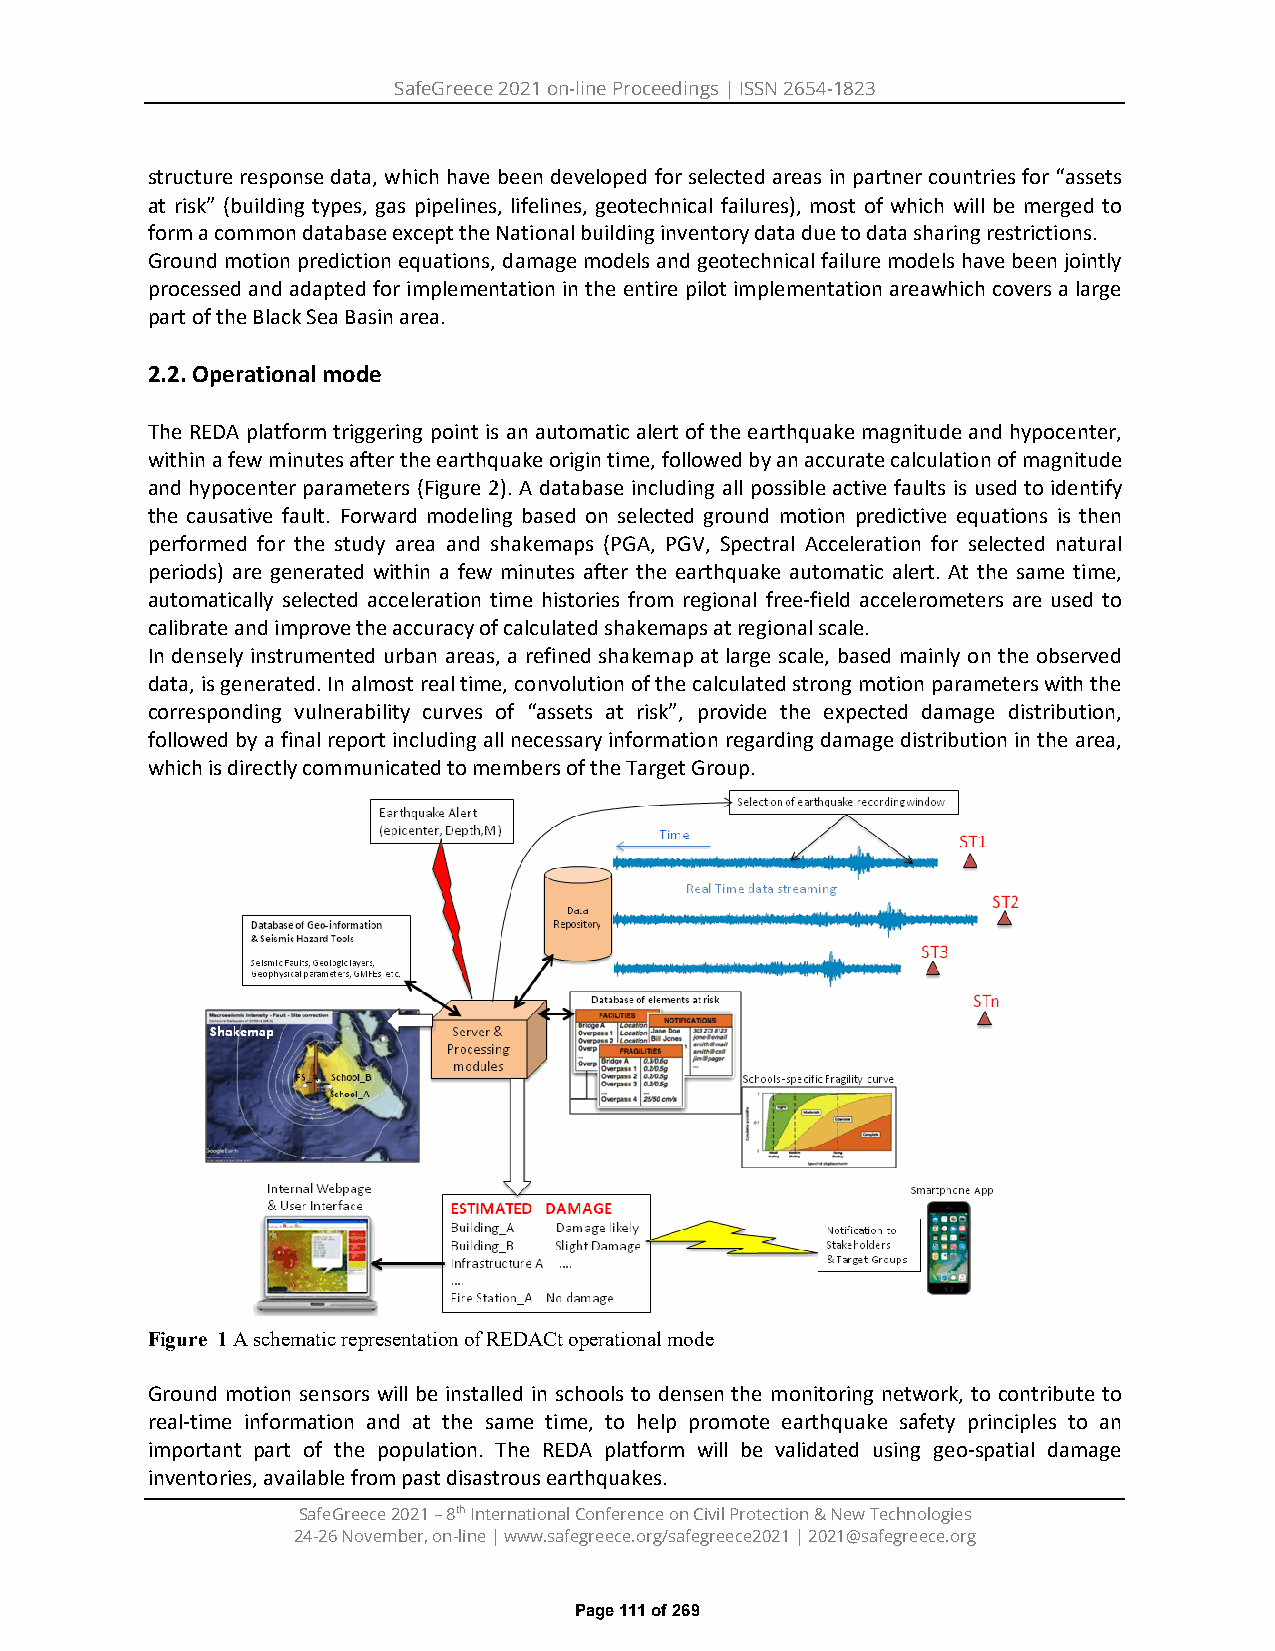
SafeGreece 2021 on-line Proceedings | ISSN 2654-1823
 structure response data, which have been developed for selected areas in partner countries for “assets
 at risk” (building types, gas pipelines, lifelines, geotechnical failures), most of which will be merged to
 form a common database except the National building inventory data due to data sharing restrictions.
 Ground motion prediction equations, damage models and geotechnical failure models have been jointly
 processed and adapted for implementation in the entire pilot implementation areawhich covers a large
 part of the Black Sea Basin area.
 2.2. Operational mode
 The REDA platform triggering point is an automatic alert of the earthquake magnitude and hypocenter,
 within a few minutes after the earthquake origin time, followed by an accurate calculation of magnitude
 and hypocenter parameters (Figure 2). A database including all possible active faults is used to identify
 the causative fault. Forward modeling based on selected ground motion predictive equations is then
 performed for the study area and shakemaps (PGA, PGV, Spectral Acceleration for selected natural
 periods) are generated within a few minutes after the earthquake automatic alert. At the same time,
 automatically selected acceleration time histories from regional free-field accelerometers are used to
 calibrate and improve the accuracy of calculated shakemaps at regional scale.
 In densely instrumented urban areas, a refined shakemap at large scale, based mainly on the observed
 data, is generated. In almost real time, convolution of the calculated strong motion parameters with the
 corresponding vulnerability curves of “assets at risk”, provide the expected damage distribution,
 followed by a final report including all necessary information regarding damage distribution in the area,
 which is directly communicated to members of the Target Group.
 Figure 1 A schematic representation of REDACt operational mode
 Ground motion sensors will be installed in schools to densen the monitoring network, to contribute to
 real-time information and at the same time, to help promote earthquake safety principles to an
 important part of the population. The REDA platform will be validated using geo-spatial damage
 inventories, available from past disastrous earthquakes.
 SafeGreece 2021 – 8th International Conference on Civil Protection & New Technologies
 24-26 November, on-line | www.safegreece.org/safegreece2021 | 2021@safegreece.org
 Page 111 of 269